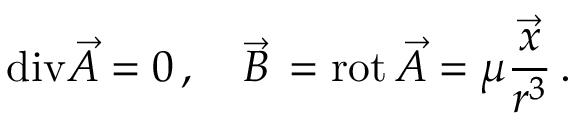
\mathrm { d i v } \vec { A } = 0 \, , \quad \vec { B } \, = \mathrm { r o t } \, \vec { A } = \mu \frac { \vec { x } } { r ^ { 3 } } \, .